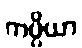
ကပ္ပိယာ